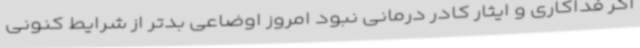
اگر فداکاری و ایثار کادر درمانی نبود امروز اوضاعی بدتر از شرایط کنونی